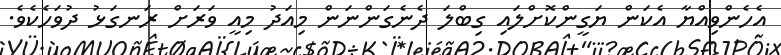
އެހެންވިއްޔާ އެކަން ޔަގީންކޮށްލައި ގިބްލަ ދެނެގަންނަން މިއަދު މިއީ ވަރަށް ރަނގަޅު ދުވަހެކެވެ.